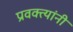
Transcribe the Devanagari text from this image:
प्रवक्त्यांनी